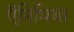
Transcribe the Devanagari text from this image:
ऍनिमिया